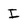
Character: I